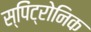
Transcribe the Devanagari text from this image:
स्पिंट्रोनिक